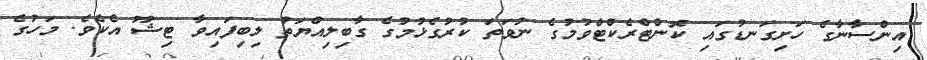
އިންސާނާގެ ހަށިގަނޑުގައި ކޮންޓްރެކްޓްވުމުގެ ނުވަތަ ކުރުގެޅުމުގެ ގާބިލިއްޔަތު ލިބިފައިވާ ޓިޝޫ އެކެވެ. މަހުގެ